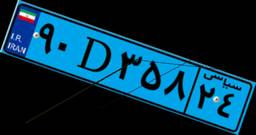
۹۰D۳۵۸۲۴